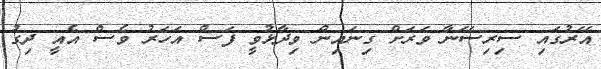
އޭރުގައި ސިރިސޭނާ ވަރަށް ގިނައިން ވިދާޅުވީ ފަސް އަހަރު ވެސް އެއީ ދިގު